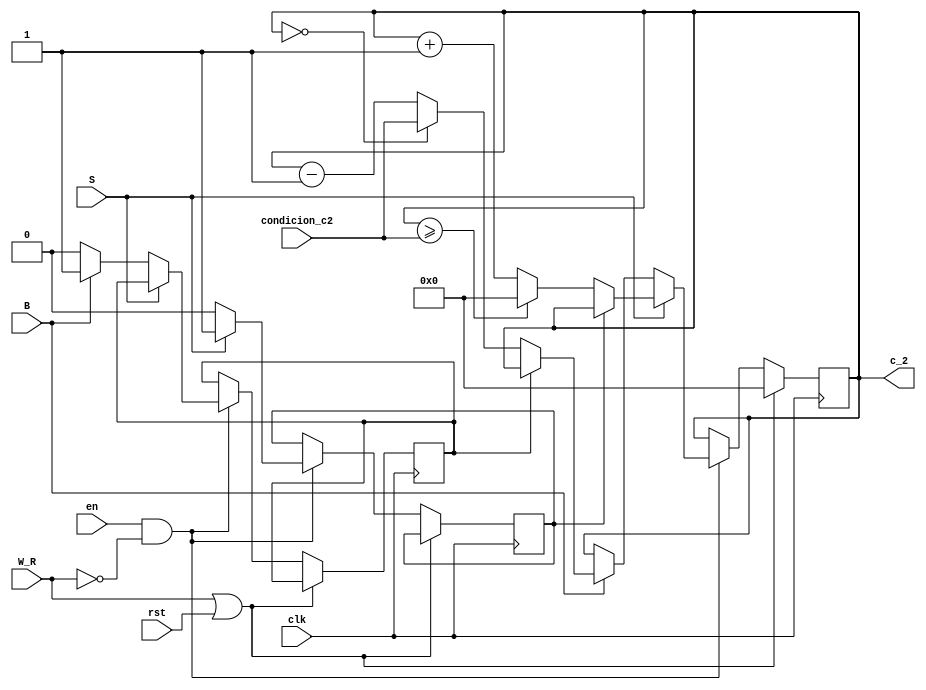
`timescale 1ns / 1ps
//////////////////////////////////////////////////////////////////////////////////
// Company: 
// Engineer: 
// 
// Design Name: 
// Module Name:    Contador_Datos 
// Project Name: 
// Target Devices: 
// Tool versions: 
// Description: 
//
// Dependencies: 
//
// Revision: 
// Revision 0.01 - File Created
// Additional Comments: 
//
//////////////////////////////////////////////////////////////////////////////////
module Contador_Datos(
    input rst,
    input S,
    input B,
    input clk,
    input W_R,
    input en,
	 input [6:0] condicion_c2,
    output reg [6:0] c_2
    );
	 
	 reg estado = 1'd0;
	 reg estado2 = 1'd0;
	 wire en_2;
	 wire [6:0] N;
	 
	 assign en_2 = ~W_R;
    assign N = condicion_c2 ;	  
	 
	  
    always @(posedge clk)
      if (W_R || rst)
         c_2 <= 6'd0;
      else if (en && en_2)
		        begin
				  if (S)
				  begin
						
						  if (!estado)
						
						  begin
						   estado <= 1'd1;
				         if (c_2 >= N)
						   c_2 <= 6'd0;
						   else 
						   c_2 <= c_2 + 1'd1;
				        end
						
						else  c_2 <= c_2;
						
				  end
				  else 
				  begin
				  estado <= 1'd0;
				  if (B)
		                begin
							 
							 if (!estado2)
							 
							   begin
							   estado2 <= 1'd1;
							   if (!c_2)
							   c_2 <= N;
							   else
                        c_2 <= c_2 - 1'd1;	
							   end
							 
							 else
							 
							   begin
						      c_2 <= c_2;						 
							   end
							 
							 end
					else estado2 <= 1'd0;
        	end
			end


endmodule